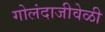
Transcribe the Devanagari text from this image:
गोलंदाजीवेळी